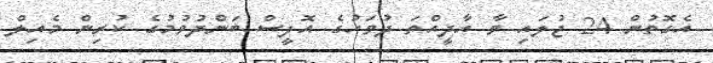
އެގޮތުން 24 ޖުލައި ވާ އާދީއްތަ ދުވަހުގެ އޮފީސް ބަންދުވުމުގެ ކުރިން މެއިލް